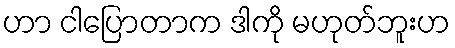
ဟာ ငါပြောတာက ဒါကို မဟုတ်ဘူးဟ